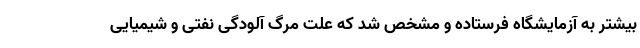
بیشتر به آزمایشگاه فرستاده و مشخص شد که علت مرگ آلودگی نفتی و شیمیایی